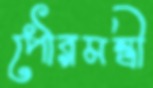
পৌরমন্ত্রী